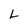
Character: L